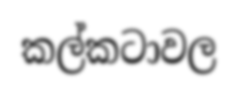
කල්කටාවල